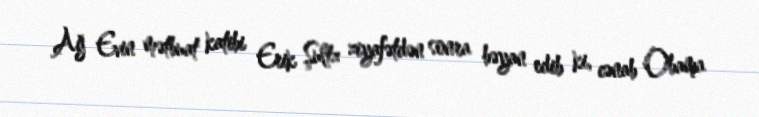
Ağ Evin mətbuat katibi Erik Şultz ziyafətdən sonra bəyan edib ki, cənab Obama